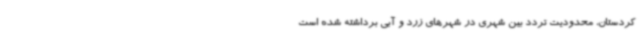
کردستان، محدودیت تردد بین شهری در شهرهای زرد و آبی برداشته شده است